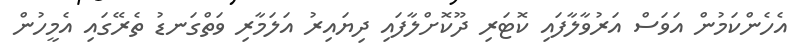
އެހެންކަމުން އަވަސް އަރުވާލާފައި ކޮޓަރި ދޫކޮށްލާފައި ދިޔައިރު އަލަމާރި ވަތްގަނޑު ތެރޭގައި އެމީހުން